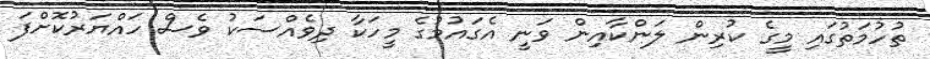
ތުހުމަތުގައި މީގެ ކުރިން ލަންކާއިން ވަނީ އެގައުމުގެ މީހަކާ ދިވެއްސަކު ވެސް ހައްޔަރުކޮށްފަ